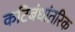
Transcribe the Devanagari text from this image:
कटिबंधांतरिक